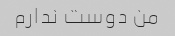
من دوست ندارم